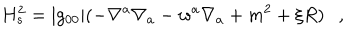
LaTeX: H _ { s } ^ { 2 } = | g _ { 0 0 } | ( - \nabla ^ { a } \nabla _ { a } - w ^ { a } \nabla _ { a } + m ^ { 2 } + \xi R ) ,